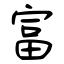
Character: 富